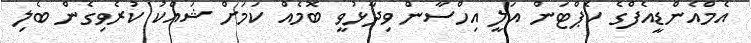
އެމްއެންޑީއެފްގެ ކެޕްޓަން އަލީ އިހްސާން ވިދާޅުވީ ބޮމެއް ކަމަށް ޝައްކު ކުރެވިގެން ބެލި